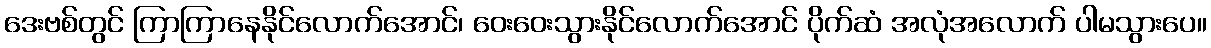
ဒေးဗစ်တွင် ကြာကြာနေနိုင်လောက်အောင်၊ ဝေးဝေးသွားနိုင်လောက်အောင် ပိုက်ဆံ အလုံအလောက် ပါမသွားပေ။